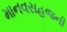
માનવસહજની